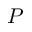
P